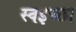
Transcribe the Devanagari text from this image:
स्वइच्छा